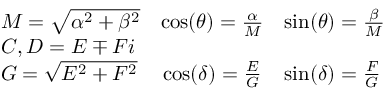
\begin{array} { l c l } { M = { \sqrt { \alpha ^ { 2 } + \beta ^ { 2 } } } } & { \cos ( \theta ) = { \frac { \alpha } { M } } } & { \sin ( \theta ) = { \frac { \beta } { M } } } \\ { C , D = E \mp F i } & { } & { } \\ { G = { \sqrt { E ^ { 2 } + F ^ { 2 } } } } & { \cos ( \delta ) = { \frac { E } { G } } } & { \sin ( \delta ) = { \frac { F } { G } } } \end{array}